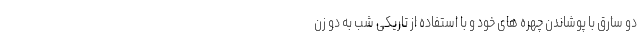
دو سارق با پوشاندن چهره های خود و با استفاده از تاریکی شب به دو زن